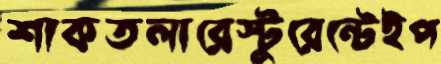
শাকতলারেস্টুরেন্টেইপ